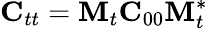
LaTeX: {\mathbf C}_{tt}={\mathbf M}_{t}{\mathbf C}_{00}{\mathbf M}_{t}^{*}